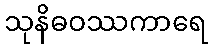
သုနိဓဝဿကာရေ